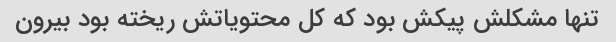
تنها مشکلش پیکش بود که کل محتویاتش ریخته بود بیرون